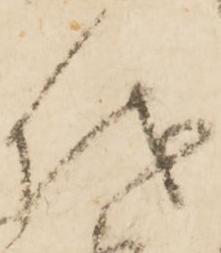
儀